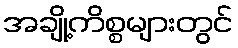
အချို့ကိစ္စများတွင်